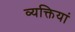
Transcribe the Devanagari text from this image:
व्यक्तियां